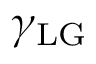
\gamma _ { \mathrm { L G } }